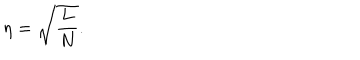
\eta = \sqrt { { \frac { L } { N } } } .